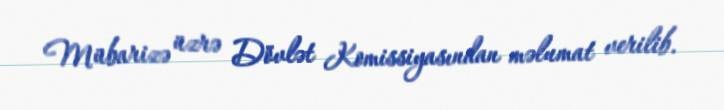
Mübarizə üzrə Dövlət Komissiyasından məlumat verilib.